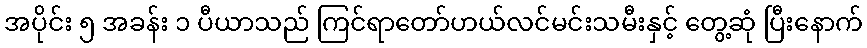
အပိုင်း ၅ အခန်း ၁ ပီယာသည် ကြင်ရာတော်ဟယ်လင်မင်းသမီးနှင့် တွေ့ဆုံ ပြီးနောက်